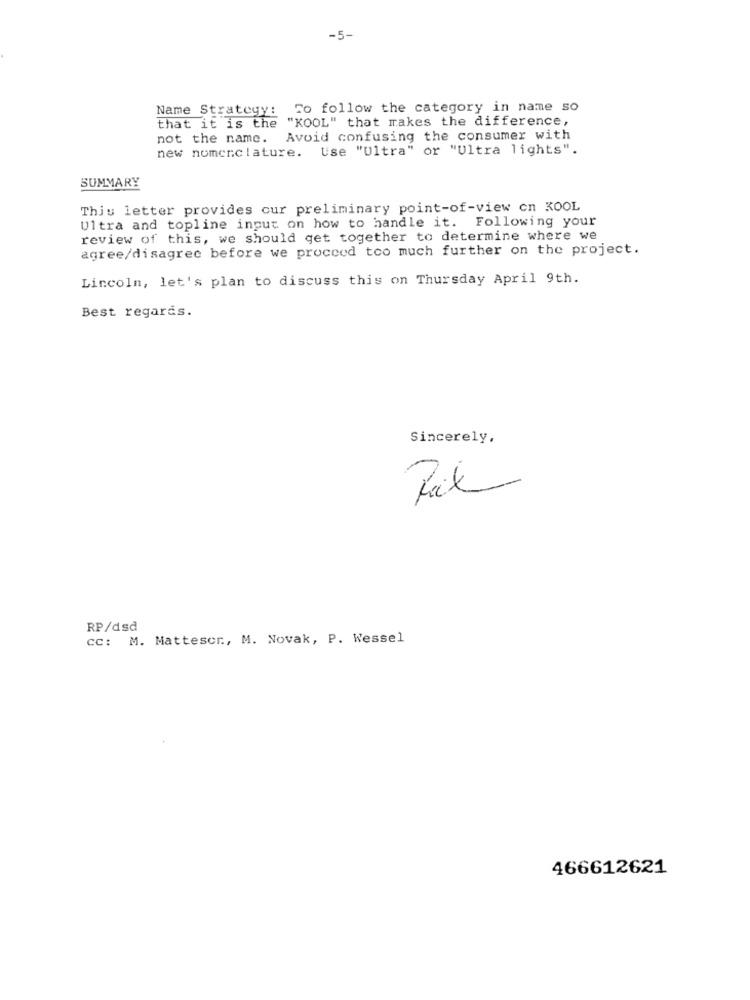
-5-
Name Strategy: To follow the category in name so
that it is the "KOOL" that makes the difference,
not the name.
Avoid confusing the consumer with
new nomenclature.
Use "Ultra" or "Ultra lights".
SUMMARY
This letter provides cur preliminary point-of-view on KOOL
Ultra and topline input on how to handle it. Following your
review of this, we should get together to determine where we
agree/disagree before we proceed too much further on the project.
Lincoln, let's plan to discuss this on Thursday April 9th.
Best regards.
Sincerely,
RP/dsd
cc: M. Mattescr ., M. Novak, P. Wessel
466612621